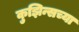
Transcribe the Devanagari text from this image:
कुझिन्सच्या